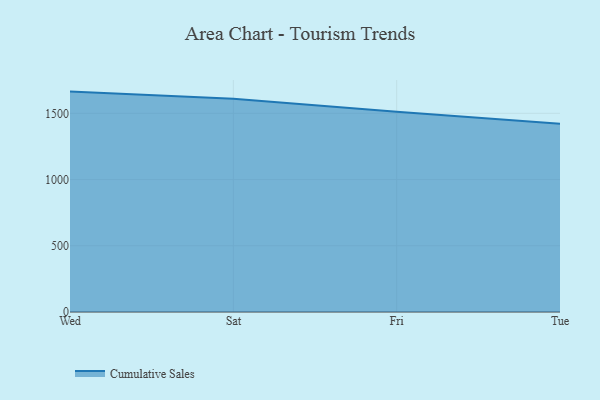
{"axis": {"x": "Day", "y": "Population (Million)"}, "legend": ["Cumulative Sales"], "data": [{"x": "Wed", "y": 1664.0, "type": "Cumulative Sales"}, {"x": "Sat", "y": 1609.7, "type": "Cumulative Sales"}, {"x": "Fri", "y": 1512.0, "type": "Cumulative Sales"}, {"x": "Tue", "y": 1421.0, "type": "Cumulative Sales"}]}